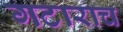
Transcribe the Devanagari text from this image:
गटाराच